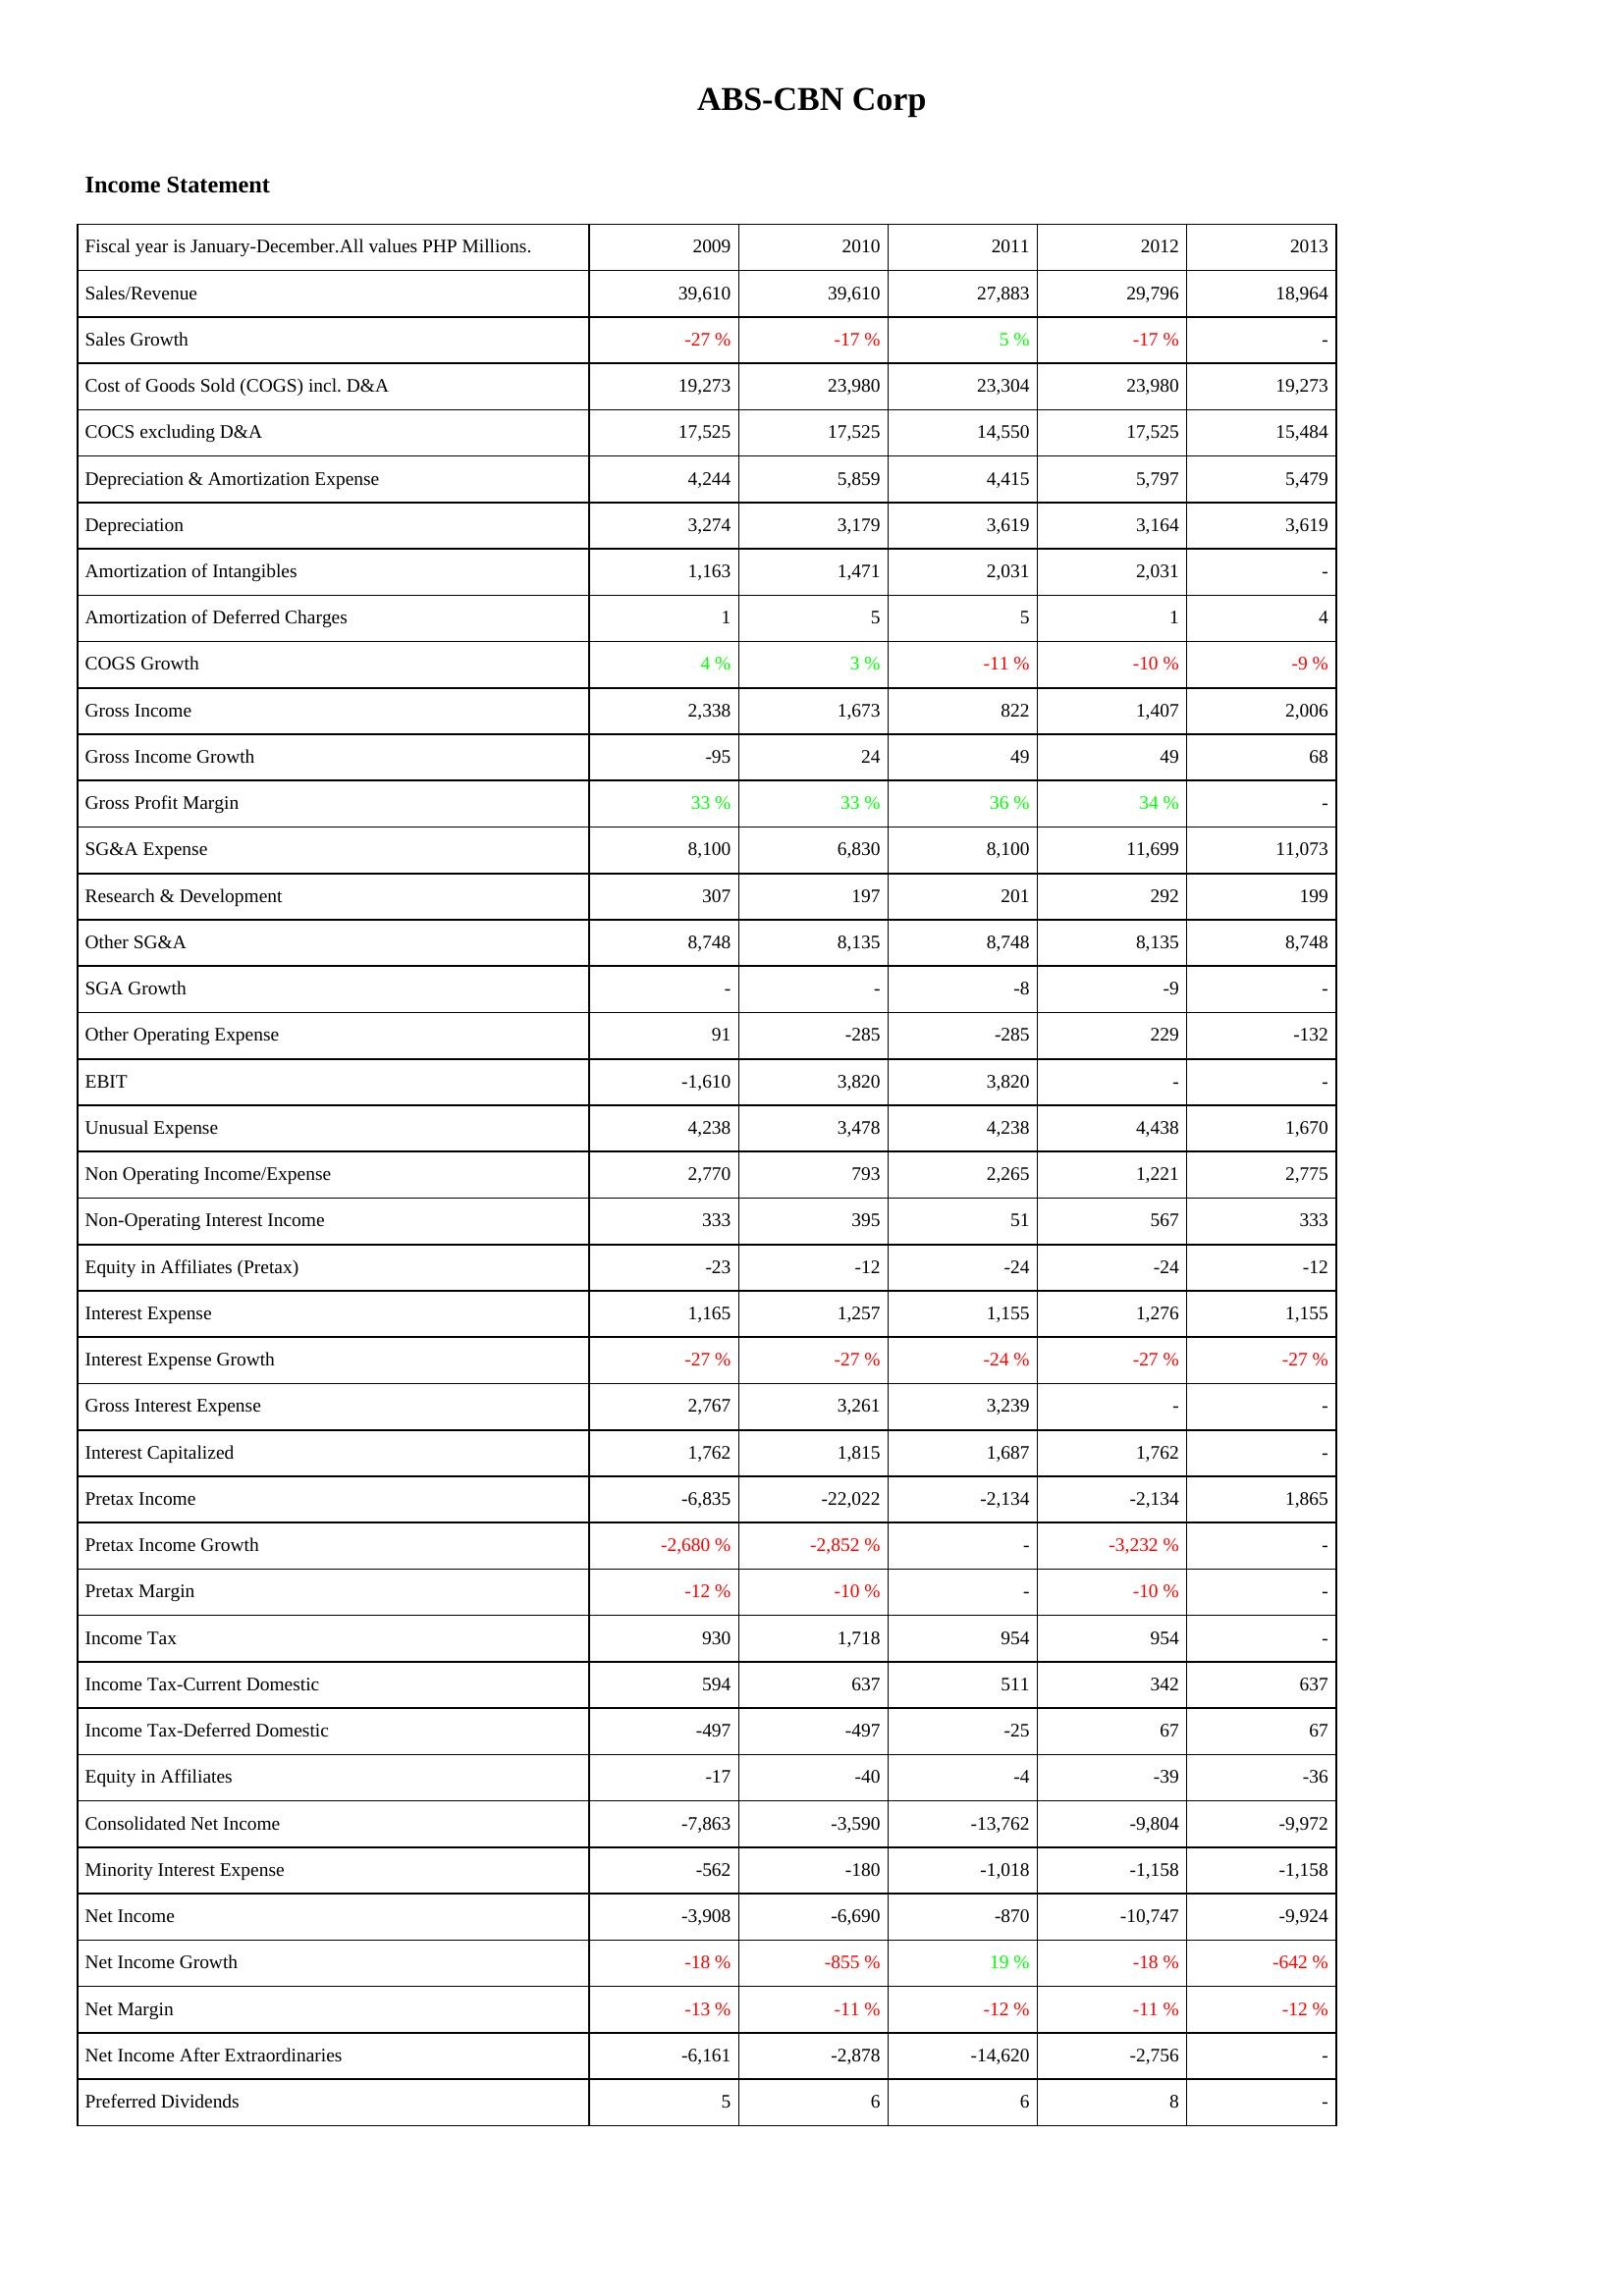
2009: Income Statement: Sales/Revenue: 39,610
Sales Growth: -27 %
Cost of Goods Sold (COGS) incl. D&A: 19,273
COCS excluding D&A: 17,525
Depreciation & Amortization Expense: 4,244
Depreciation: 3,274
Amortization of Intangibles: 1,163
Amortization of Deferred Charges: 1
COGS Growth: 4 %
Gross Income: 2,338
Gross Income Growth: -95
Gross Profit Margin: 33 %
SG&A Expense: 8,100
Research & Development: 307
Other SG&A: 8,748
SGA Growth: -
Other Operating Expense: 91
EBIT: -1,610
Unusual Expense: 4,238
Non Operating Income/Expense: 2,770
Non-Operating Interest Income: 333
Equity in Affiliates (Pretax): -23
Interest Expense: 1,165
Interest Expense Growth: -27 %
Gross Interest Expense: 2,767
Interest Capitalized: 1,762
Pretax Income: -6,835
Pretax Income Growth: -2,680 %
Pretax Margin: -12 %
Income Tax: 930
Income Tax-Current Domestic: 594
Income Tax-Deferred Domestic: -497
Equity in Affiliates: -17
Consolidated Net Income: -7,863
Minority Interest Expense: -562
Net Income: -3,908
Net Income Growth: -18 %
Net Margin: -13 %
Net Income After Extraordinaries: -6,161
Preferred Dividends: 5
2010: Income Statement: Sales/Revenue: 39,610
Sales Growth: -17 %
Cost of Goods Sold (COGS) incl. D&A: 23,980
COCS excluding D&A: 17,525
Depreciation & Amortization Expense: 5,859
Depreciation: 3,179
Amortization of Intangibles: 1,471
Amortization of Deferred Charges: 5
COGS Growth: 3 %
Gross Income: 1,673
Gross Income Growth: 24
Gross Profit Margin: 33 %
SG&A Expense: 6,830
Research & Development: 197
Other SG&A: 8,135
SGA Growth: -
Other Operating Expense: -285
EBIT: 3,820
Unusual Expense: 3,478
Non Operating Income/Expense: 793
Non-Operating Interest Income: 395
Equity in Affiliates (Pretax): -12
Interest Expense: 1,257
Interest Expense Growth: -27 %
Gross Interest Expense: 3,261
Interest Capitalized: 1,815
Pretax Income: -22,022
Pretax Income Growth: -2,852 %
Pretax Margin: -10 %
Income Tax: 1,718
Income Tax-Current Domestic: 637
Income Tax-Deferred Domestic: -497
Equity in Affiliates: -40
Consolidated Net Income: -3,590
Minority Interest Expense: -180
Net Income: -6,690
Net Income Growth: -855 %
Net Margin: -11 %
Net Income After Extraordinaries: -2,878
Preferred Dividends: 6
2011: Income Statement: Sales/Revenue: 27,883
Sales Growth: 5 %
Cost of Goods Sold (COGS) incl. D&A: 23,304
COCS excluding D&A: 14,550
Depreciation & Amortization Expense: 4,415
Depreciation: 3,619
Amortization of Intangibles: 2,031
Amortization of Deferred Charges: 5
COGS Growth: -11 %
Gross Income: 822
Gross Income Growth: 49
Gross Profit Margin: 36 %
SG&A Expense: 8,100
Research & Development: 201
Other SG&A: 8,748
SGA Growth: -8
Other Operating Expense: -285
EBIT: 3,820
Unusual Expense: 4,238
Non Operating Income/Expense: 2,265
Non-Operating Interest Income: 51
Equity in Affiliates (Pretax): -24
Interest Expense: 1,155
Interest Expense Growth: -24 %
Gross Interest Expense: 3,239
Interest Capitalized: 1,687
Pretax Income: -2,134
Pretax Income Growth: -
Pretax Margin: -
Income Tax: 954
Income Tax-Current Domestic: 511
Income Tax-Deferred Domestic: -25
Equity in Affiliates: -4
Consolidated Net Income: -13,762
Minority Interest Expense: -1,018
Net Income: -870
Net Income Growth: 19 %
Net Margin: -12 %
Net Income After Extraordinaries: -14,620
Preferred Dividends: 6
2012: Income Statement: Sales/Revenue: 29,796
Sales Growth: -17 %
Cost of Goods Sold (COGS) incl. D&A: 23,980
COCS excluding D&A: 17,525
Depreciation & Amortization Expense: 5,797
Depreciation: 3,164
Amortization of Intangibles: 2,031
Amortization of Deferred Charges: 1
COGS Growth: -10 %
Gross Income: 1,407
Gross Income Growth: 49
Gross Profit Margin: 34 %
SG&A Expense: 11,699
Research & Development: 292
Other SG&A: 8,135
SGA Growth: -9
Other Operating Expense: 229
EBIT: -
Unusual Expense: 4,438
Non Operating Income/Expense: 1,221
Non-Operating Interest Income: 567
Equity in Affiliates (Pretax): -24
Interest Expense: 1,276
Interest Expense Growth: -27 %
Gross Interest Expense: -
Interest Capitalized: 1,762
Pretax Income: -2,134
Pretax Income Growth: -3,232 %
Pretax Margin: -10 %
Income Tax: 954
Income Tax-Current Domestic: 342
Income Tax-Deferred Domestic: 67
Equity in Affiliates: -39
Consolidated Net Income: -9,804
Minority Interest Expense: -1,158
Net Income: -10,747
Net Income Growth: -18 %
Net Margin: -11 %
Net Income After Extraordinaries: -2,756
Preferred Dividends: 8
2013: Income Statement: Sales/Revenue: 18,964
Sales Growth: -
Cost of Goods Sold (COGS) incl. D&A: 19,273
COCS excluding D&A: 15,484
Depreciation & Amortization Expense: 5,479
Depreciation: 3,619
Amortization of Intangibles: -
Amortization of Deferred Charges: 4
COGS Growth: -9 %
Gross Income: 2,006
Gross Income Growth: 68
Gross Profit Margin: -
SG&A Expense: 11,073
Research & Development: 199
Other SG&A: 8,748
SGA Growth: -
Other Operating Expense: -132
EBIT: -
Unusual Expense: 1,670
Non Operating Income/Expense: 2,775
Non-Operating Interest Income: 333
Equity in Affiliates (Pretax): -12
Interest Expense: 1,155
Interest Expense Growth: -27 %
Gross Interest Expense: -
Interest Capitalized: -
Pretax Income: 1,865
Pretax Income Growth: -
Pretax Margin: -
Income Tax: -
Income Tax-Current Domestic: 637
Income Tax-Deferred Domestic: 67
Equity in Affiliates: -36
Consolidated Net Income: -9,972
Minority Interest Expense: -1,158
Net Income: -9,924
Net Income Growth: -642 %
Net Margin: -12 %
Net Income After Extraordinaries: -
Preferred Dividends: -